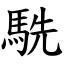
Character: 駪